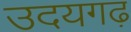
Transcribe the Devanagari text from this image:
उदयगढ़